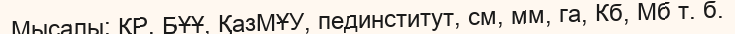
Мысалы: ҚР, БҰҰ, ҚазМҰУ, пединститут, см, мм, га, Кб, Мб т. б.